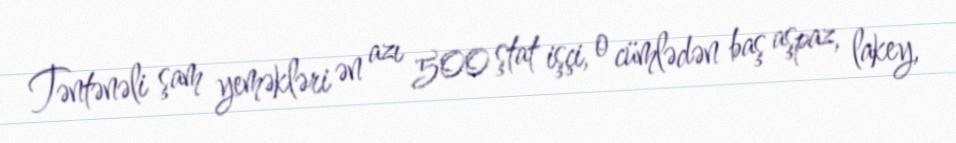
Təntənəli şam yeməkləri ən azı 500 ştat işçi, o cümlədən baş aşpaz, lakey,